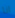
انا